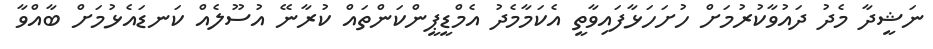
ނަޝީދާ މެދު ދައުވާކުރުމަށް ހުށަހަޅާފައިވާތީ އެކަމާމެދު އެމްޑީޕީންކަންތައް ކުރާނޭ އުސޫލެއް ކަނޑައެޅުމަށް ބާއްވާ